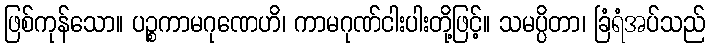
ဖြစ်ကုန်သော။ ပဉ္စကာမဂုဏေဟိ၊ ကာမဂုဏ်ငါးပါးတို့ဖြင့်။ သမပ္ပိတာ၊ ခြံရံအပ်သည်